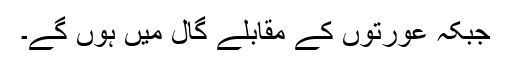
جبکہ عورتوں کے مقابلے گال میں ہوں گے۔